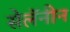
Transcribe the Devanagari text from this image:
सेलॅनीन